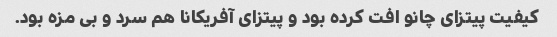
کیفیت پیتزای چانو افت کرده بود و پیتزای آفریکانا هم سرد و بی مزه بود.